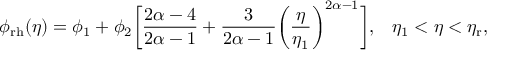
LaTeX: \phi _ { \mathrm { r h } } ( \eta ) = \phi _ { 1 } + \phi _ { 2 } \biggl [ \frac { 2 \alpha - 4 } { 2 \alpha - 1 } + \frac { 3 } { 2 \alpha - 1 } \biggl ( \frac { \eta } { \eta _ { 1 } } \biggr ) ^ { 2 \alpha - 1 } \biggr ] , \, \, \, \, \, \eta _ { 1 } < \eta < \eta _ { \mathrm { r } } ,